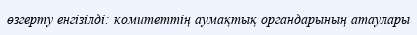
өзгерту енгізілді: комитеттің аумақтық органдарының атаулары